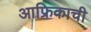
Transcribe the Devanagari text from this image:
आफ्रिकाची